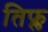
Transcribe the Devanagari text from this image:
तिफ्ल